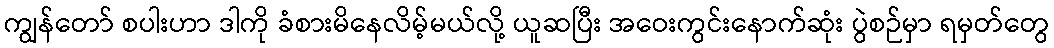
ကျွန်တော် စပါးဟာ ဒါကို ခံစားမိနေလိမ့်မယ်လို့ ယူဆပြီး အဝေးကွင်းနောက်ဆုံး ပွဲစဉ်မှာ ရမှတ်တွေ